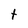
Character: t